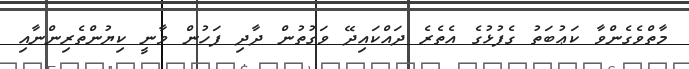
މާތްވެގެންވާ ކަޢުބަތު ގެފުޅުގެ އެތެރެ ދައްކައިދޭ ވަގުތުން ދާދި ފަހުން ވާނީ ކިޔުންތެރިންނާއި